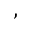
,